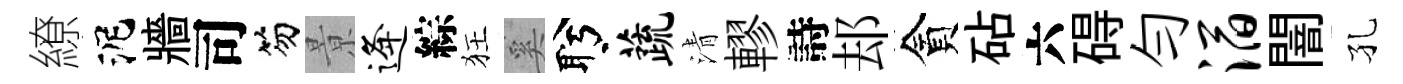
繚泥牆司笏㬌逄綜狂奚盻蔬清轇詩𨚫貪砧六碍匀滔闇孔